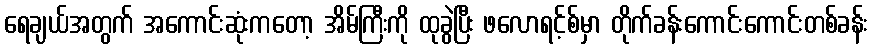
ရေချယ်အတွက် အကောင်းဆုံးကတော့ အိမ်ကြီးကို ထုခွဲပြီး ဖလောရင့်စ်မှာ တိုက်ခန်းကောင်းကောင်းတစ်ခန်း